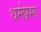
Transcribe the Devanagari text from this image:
धर्मप्रभा